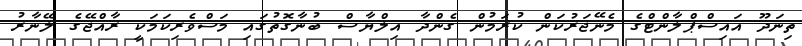
ތިނަދޫ އައިސްޕްލާންޓްގެ މެނޭޖަރުކަން ކުރަމުން ގެންދާ އިލްޔާސް ބުނާގޮތުގައި މަސްވެރިކަމަކީ ރާއްޖޭގެ ލޭނާރު